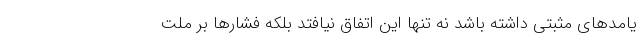
یامدهای مثبتی داشته باشد نه تنها این اتفاق نیافتد بلکه فشارها بر ملت